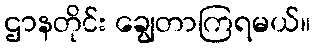
ဌာနတိုင်း ချွေတာကြရမယ်။